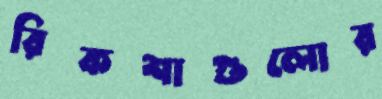
রিকশাগুলোর